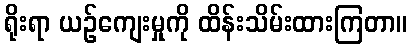
ရိုးရာ ယဉ်ကျေးမှုကို ထိန်းသိမ်းထားကြတာ။